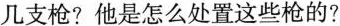
几支枪?他是怎么处置这些枪的?